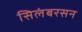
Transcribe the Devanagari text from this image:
सिलंबरसन